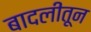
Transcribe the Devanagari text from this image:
बादलीतून